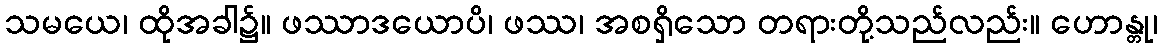
သမယေ၊ ထိုအခါ၌။ ဖဿာဒယောပိ၊ ဖဿ၊ အစရှိသော တရားတို့သည်လည်း။ ဟောန္တု၊